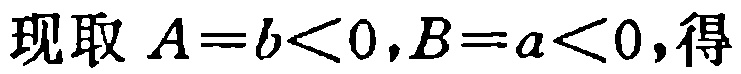
现取 \(A = b < 0,B = a < 0,\)得